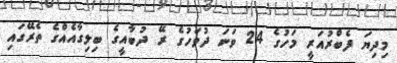
މިދިޔަ ފެބްރުއަރީ މަހުގެ 24 ވަނަ ދުވަހުގެ ރޭ ދުބާއީގެ ބިލިގާއެއްގެ ތެރޭގައި